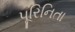
પૂરિનિતા